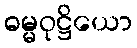
ဓမ္မဝုဋ္ဌိယော